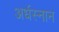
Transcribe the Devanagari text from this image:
अर्धस्नान